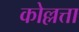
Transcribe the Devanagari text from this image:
कोल्लत्ता